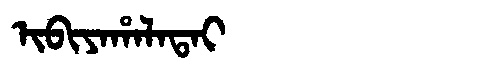
Manchu: ᡳᠪᡳᠶᠠᡥᠠᠯᠠᡨᠠᡳ
Romanization: IBIYAHALATAI